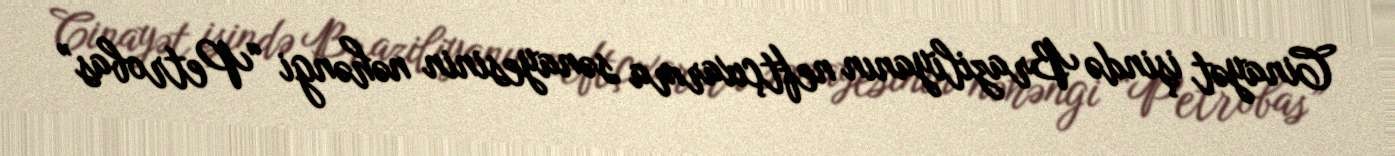
Cinayət işində Braziliyanın neftçıxarma sənayesinin nəhəngi “Petrobas”